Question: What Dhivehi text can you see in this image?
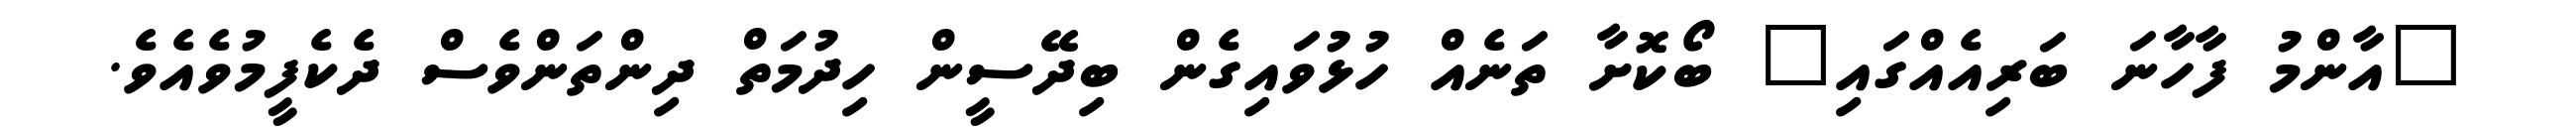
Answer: "އާންމު ފާހާނަ ބަރިއެއްގައި" ބޯކޮށާ ތަނެއް ހުޅުވައިގެން ބިދޭސީން ހިދުމަތް ދިންތަންވެސް ދެކެފީމުވެއެވެ.